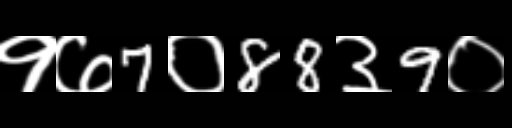
Text: १७7०88३9०